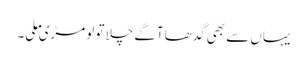
یہاں سے بھی گدھا آگے چلا تو لومڑی ملی۔